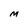
Character: M